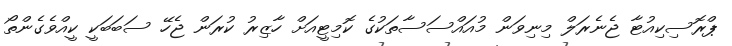
ޕްރޮސިކިއުޓާ ޖެނެރަލް މިނިވަން މުއައްސަސާތަކުގެ ކޮމިޓީއަށް ހާޒިރު ކުރަން ޖެހޭ ސަބަބަކީ ކީއްވެގެންތޯ